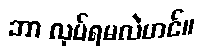
ဘာ လုပ်ရမလဲဟင်။